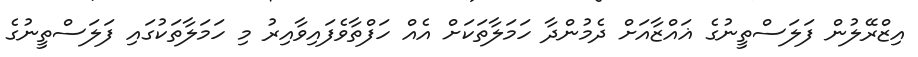
އިޒްރޭލުން ފަލަސްތީނުގެ ޣައްޒާއަށް ދެމުންދާ ހަމަލާތަކަށް އެއް ހަފްތާވެފައިވާއިރު މި ހަމަލާތަކުގައި ފަލަސްތީނުގެ